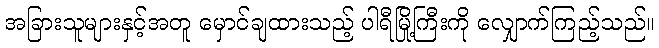
အခြားသူများနှင့်အတူ မှောင်ချထားသည့် ပါရီမြို့ကြီးကို လျှောက်ကြည့်သည်။